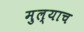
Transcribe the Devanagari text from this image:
मुल्याच